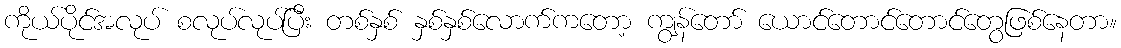
ကိုယ်ပိုင်အလုပ် စလုပ်လုပ်ပြီး တစ်နှစ် နှစ်နှစ်လောက်ကတော့ ကျွန်တော် ယောင်တောင်တောင်တွေဖြစ်နေတာ။